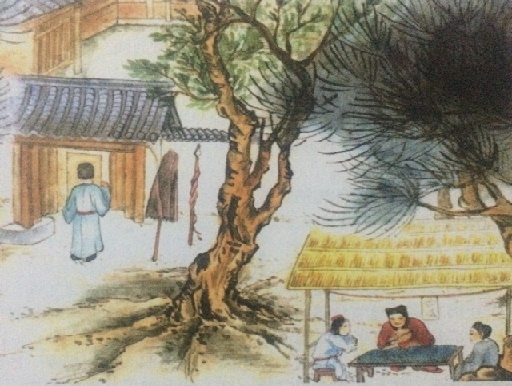
簌簌衣巾落枣花，村南村北响缫车，牛衣古柳卖黄瓜。